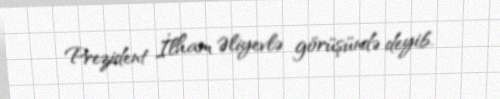
Prezident İlham Əliyevlə görüşündə deyib.